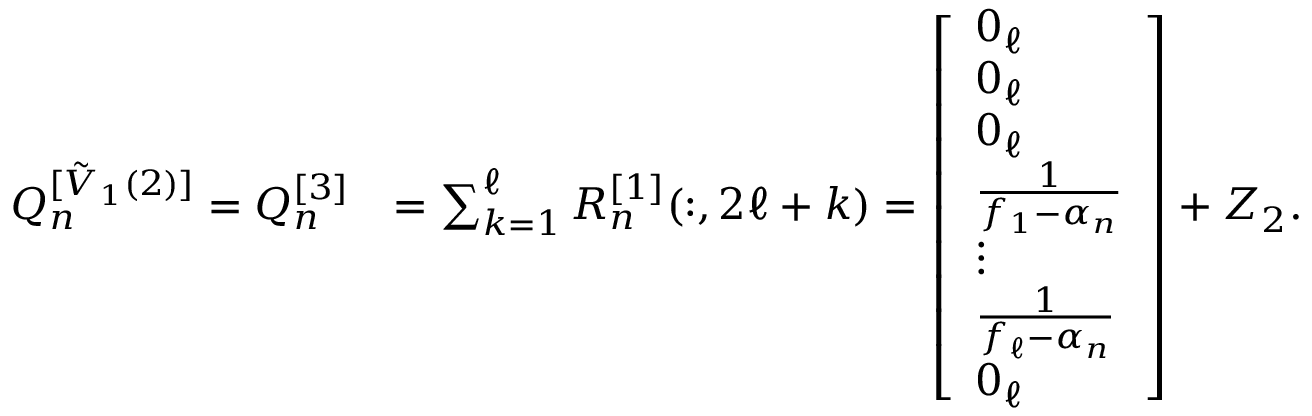
\begin{array} { r l } { Q _ { n } ^ { [ \Tilde { V } _ { 1 } ( 2 ) ] } = Q _ { n } ^ { [ 3 ] } } & { = \sum _ { k = 1 } ^ { \ell } R _ { n } ^ { [ 1 ] } ( : , 2 \ell + k ) = \left[ \begin{array} { l } { 0 _ { \ell } } \\ { 0 _ { \ell } } \\ { 0 _ { \ell } } \\ { \frac { 1 } { f _ { 1 } - \alpha _ { n } } } \\ { \vdots } \\ { \frac { 1 } { f _ { \ell } - \alpha _ { n } } } \\ { 0 _ { \ell } } \end{array} \right] + Z _ { 2 } . } \end{array}